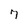
Character: 7